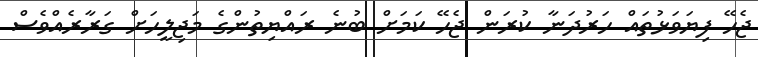
ޖެހޭ ފިޔަވަޅުތައް ހަރުދަނާ ކުރަން ޖެހޭ ކަމަށް ބުނެ ރައްޔިތުންގެ މަޖިލީހަށް ގަރާރެއްވެސް